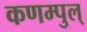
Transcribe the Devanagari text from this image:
कणम्पुल्